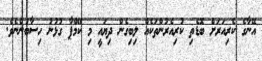
އޭނާގެ ކެރިއަރަށް ބޮޑެތި ކުރިއެރުންތަކެއް ލިބިގެން ދިޔައީ މި ކޭމްޕާ ގުޅުނު ހިސާބުންނެވެ.